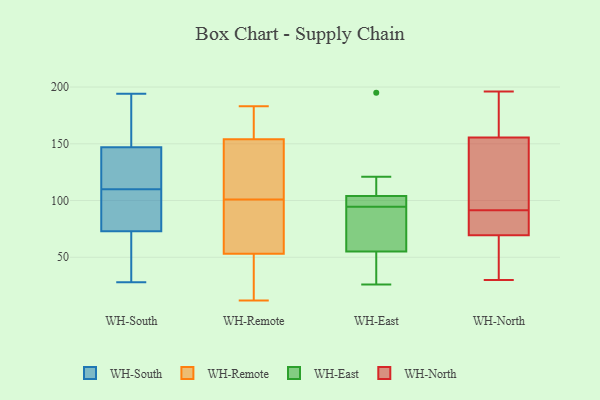
{"axis": {"x": "Budget (USD K)", "y": "Value"}, "legend": ["WH-East", "WH-North", "WH-Remote", "WH-South"], "data": [{"x": "", "y": 103, "type": "WH-South"}, {"x": "", "y": 147, "type": "WH-South"}, {"x": "", "y": 145, "type": "WH-South"}, {"x": "", "y": 122, "type": "WH-South"}, {"x": "", "y": 28, "type": "WH-South"}, {"x": "", "y": 147, "type": "WH-South"}, {"x": "", "y": 194, "type": "WH-South"}, {"x": "", "y": 64, "type": "WH-South"}, {"x": "", "y": 109, "type": "WH-South"}, {"x": "", "y": 168, "type": "WH-South"}, {"x": "", "y": 104, "type": "WH-South"}, {"x": "", "y": 73, "type": "WH-South"}, {"x": "", "y": 111, "type": "WH-South"}, {"x": "", "y": 60, "type": "WH-South"}, {"x": "", "y": 50, "type": "WH-Remote"}, {"x": "", "y": 160, "type": "WH-Remote"}, {"x": "", "y": 170, "type": "WH-Remote"}, {"x": "", "y": 152, "type": "WH-Remote"}, {"x": "", "y": 156, "type": "WH-Remote"}, {"x": "", "y": 47, "type": "WH-Remote"}, {"x": "", "y": 127, "type": "WH-Remote"}, {"x": "", "y": 106, "type": "WH-Remote"}, {"x": "", "y": 12, "type": "WH-Remote"}, {"x": "", "y": 61, "type": "WH-Remote"}, {"x": "", "y": 163, "type": "WH-Remote"}, {"x": "", "y": 56, "type": "WH-Remote"}, {"x": "", "y": 34, "type": "WH-Remote"}, {"x": "", "y": 140, "type": "WH-Remote"}, {"x": "", "y": 33, "type": "WH-Remote"}, {"x": "", "y": 56, "type": "WH-Remote"}, {"x": "", "y": 112, "type": "WH-Remote"}, {"x": "", "y": 183, "type": "WH-Remote"}, {"x": "", "y": 96, "type": "WH-Remote"}, {"x": "", "y": 60, "type": "WH-Remote"}, {"x": "", "y": 55, "type": "WH-East"}, {"x": "", "y": 90, "type": "WH-East"}, {"x": "", "y": 101, "type": "WH-East"}, {"x": "", "y": 195, "type": "WH-East"}, {"x": "", "y": 99, "type": "WH-East"}, {"x": "", "y": 104, "type": "WH-East"}, {"x": "", "y": 57, "type": "WH-East"}, {"x": "", "y": 121, "type": "WH-East"}, {"x": "", "y": 26, "type": "WH-East"}, {"x": "", "y": 54, "type": "WH-East"}, {"x": "", "y": 196, "type": "WH-North"}, {"x": "", "y": 166, "type": "WH-North"}, {"x": "", "y": 30, "type": "WH-North"}, {"x": "", "y": 94, "type": "WH-North"}, {"x": "", "y": 188, "type": "WH-North"}, {"x": "", "y": 145, "type": "WH-North"}, {"x": "", "y": 41, "type": "WH-North"}, {"x": "", "y": 84, "type": "WH-North"}, {"x": "", "y": 78, "type": "WH-North"}, {"x": "", "y": 106, "type": "WH-North"}, {"x": "", "y": 61, "type": "WH-North"}, {"x": "", "y": 89, "type": "WH-North"}]}